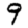
Digit: 9